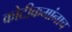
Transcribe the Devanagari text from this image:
कोटीक्रमांनाच